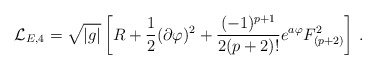
\begin{align*} {\cal L}_{E,4} = \sqrt{|g|}\left[ R + {1\over 2}(\partial\varphi)^2 +{(-1)^{p+1}\over 2(p+2)!} e^{a\varphi} F^2_{(p+2)}\right]\,.\end{align*}